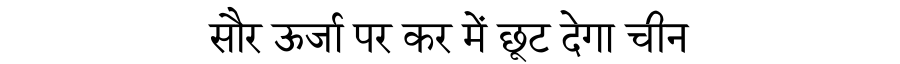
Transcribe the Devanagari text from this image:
सौर ऊर्जा पर कर में छूट देगा चीन